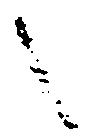
之